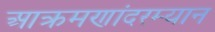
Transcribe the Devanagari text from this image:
आक्रमणांदरम्यान